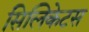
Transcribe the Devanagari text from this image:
सिलिकेटस